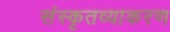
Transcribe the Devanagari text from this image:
संस्कृतव्याकरण